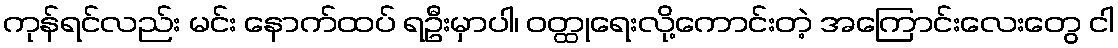
ကုန်ရင်လည်း မင်း နောက်ထပ် ရဦးမှာပါ၊ ဝတ္ထုရေးလို့ကောင်းတဲ့ အကြောင်းလေးတွေ ငါ